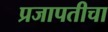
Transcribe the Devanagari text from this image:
प्रजापतीचा